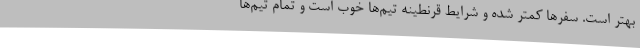
بهتر است. سفرها کمتر شده و شرایط قرنطینه تیم‌ها خوب است و تمام تیم‌ها